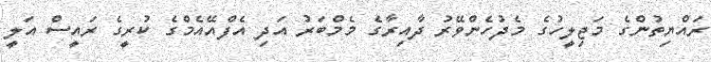
ރައްޔިތުންގެ މަޖިލީހުގެ މެދުހެންވޭރު ދާއިރާގެ މެމްބަރު އަދި އެފްްއޭއެމްގެ ކުރީގެ ރައީސް އަލީ